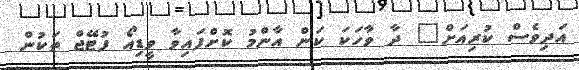
އަދިވެސް ކުރިއަށް" ދާ ވާހަކަ ކަން އާންމު ކޮށްފައިވާ ވީޑިއޯ ފުޓޭޖް ތަކުން